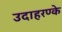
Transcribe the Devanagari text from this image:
उदाहरण्के